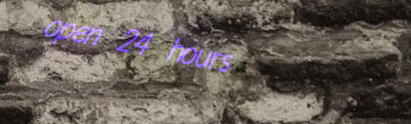
open 24 hours